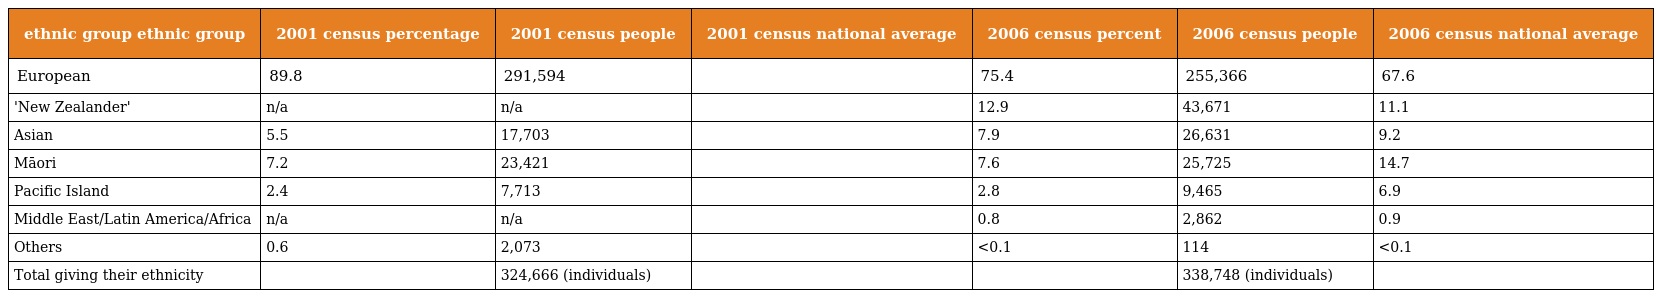
| ethnic group ethnic group | 2001 census percentage | 2001 census people | 2001 census national average | 2006 census percent | 2006 census people | 2006 census national average |
 | --- | --- | --- | --- | --- | --- | --- |
 | European | 89.8 | 291,594 |  | 75.4 | 255,366 | 67.6 |
 | 'New Zealander' | n/a | n/a |  | 12.9 | 43,671 | 11.1 |
 | Asian | 5.5 | 17,703 |  | 7.9 | 26,631 | 9.2 |
 | Māori | 7.2 | 23,421 |  | 7.6 | 25,725 | 14.7 |
 | Pacific Island | 2.4 | 7,713 |  | 2.8 | 9,465 | 6.9 |
 | Middle East/Latin America/Africa | n/a | n/a |  | 0.8 | 2,862 | 0.9 |
 | Others | 0.6 | 2,073 |  | <0.1 | 114 | <0.1 |
 | Total giving their ethnicity |  | 324,666 (individuals) |  |  | 338,748 (individuals) |  |